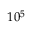
1 0 ^ { 5 }